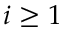
i \geq 1